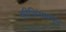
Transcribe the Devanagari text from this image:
बीजिंगामधून